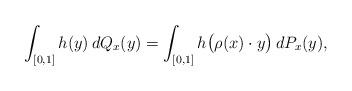
LaTeX: \begin{align*} \int_{[0,1]} h(y) \, dQ_x(y) = \int_{[0,1]} h\bigl(\rho(x)\cdot y\bigr) \, dP_x(y),\end{align*}